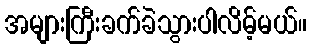
အများကြီးခက်ခဲသွားပါလိမ့်မယ်။